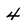
Character: 4